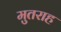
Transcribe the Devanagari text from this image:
मुतराह